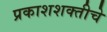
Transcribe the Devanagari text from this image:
प्रकाशशक्तीचे